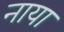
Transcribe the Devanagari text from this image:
नाया